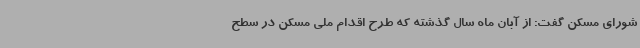
شورای مسکن گفت: از آبان ماه سال گذشته که طرح اقدام ملی مسکن در سطح